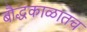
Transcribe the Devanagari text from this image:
बौद्धकाळातच